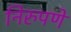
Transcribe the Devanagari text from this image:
निरुपणे